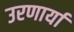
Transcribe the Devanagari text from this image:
उरणार्या